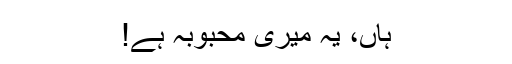
ہاں، یہ میری محبوبہ ہے!